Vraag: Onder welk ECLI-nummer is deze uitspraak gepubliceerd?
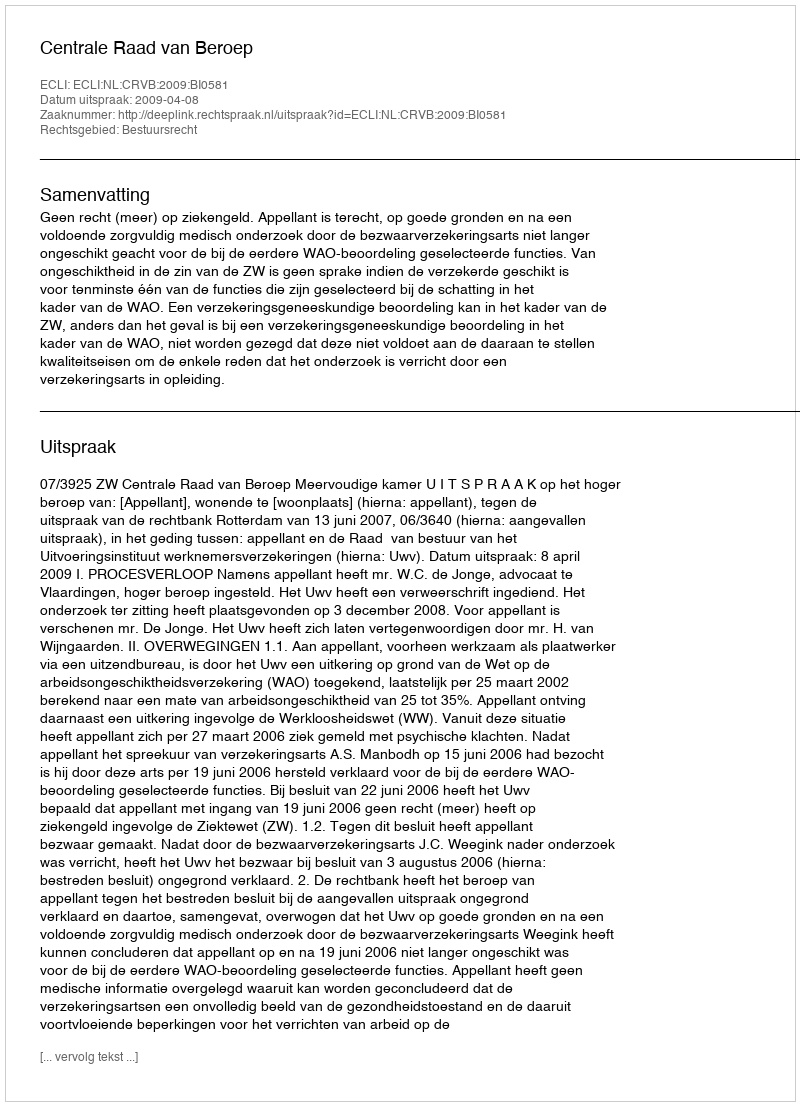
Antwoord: ECLI:NL:CRVB:2009:BI0581